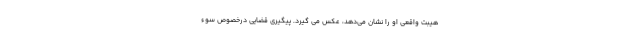
هیبت واقعی او را نشان می‌دهد، عکس می گیرد. پیگیری قضایی درخصوص سوء